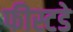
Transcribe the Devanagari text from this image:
फीस्टडे